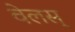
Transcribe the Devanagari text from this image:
वेलस्